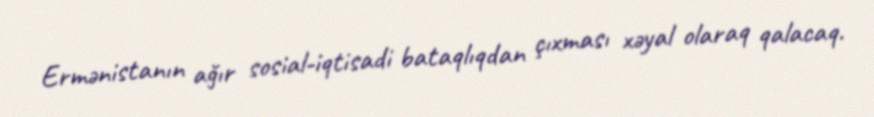
Ermənistanın ağır sosial-iqtisadi bataqlıqdan çıxması xəyal olaraq qalacaq.